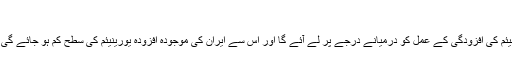
‘
اتوار فرانسیسی صدر فرانسوا اولاند نے کہا کہ ایران اپنے جوہری پروگرام میں یورینیئم کی افزودگی کے عمل کو درمیانے درجے پر لے آئے گا اور اس سے ایران کی موجودہ افزودہ یورینیئم کی سطح کم ہو جائے گی اور یہ کہ ایران آراک کے بھاری پانی کے ری ایکٹر پر تعمیراتی کام روک دے گا۔